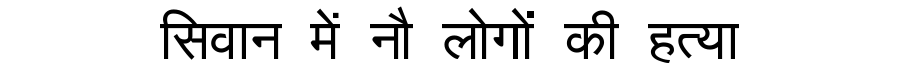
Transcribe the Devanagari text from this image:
सिवान में नौ लोगों की हत्या